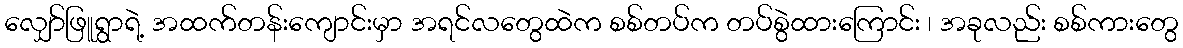
လျှော်ဖြူရွာရဲ့ အထက်တန်းကျောင်းမှာ အရင်လတွေထဲက စစ်တပ်က တပ်စွဲထားကြောင်း ၊ အခုလည်း စစ်ကားတွေ